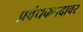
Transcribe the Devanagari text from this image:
प्रबंधकपदावर